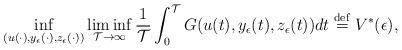
LaTeX: \begin{align*} \displaystyle{ \inf _{(u(\cdot),y_{\epsilon}(\cdot),z_{\epsilon}(\cdot)) }\liminf_{\mathcal{T}\rightarrow\infty}\frac{1}{\mathcal{T}}\int_0 ^ {\mathcal{T}}G(u(t), y_{\epsilon}(t), z_{\epsilon}(t))dt} \stackrel{\rm def}{=}V^*(\epsilon) ,\end{align*}